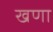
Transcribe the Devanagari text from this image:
खणा